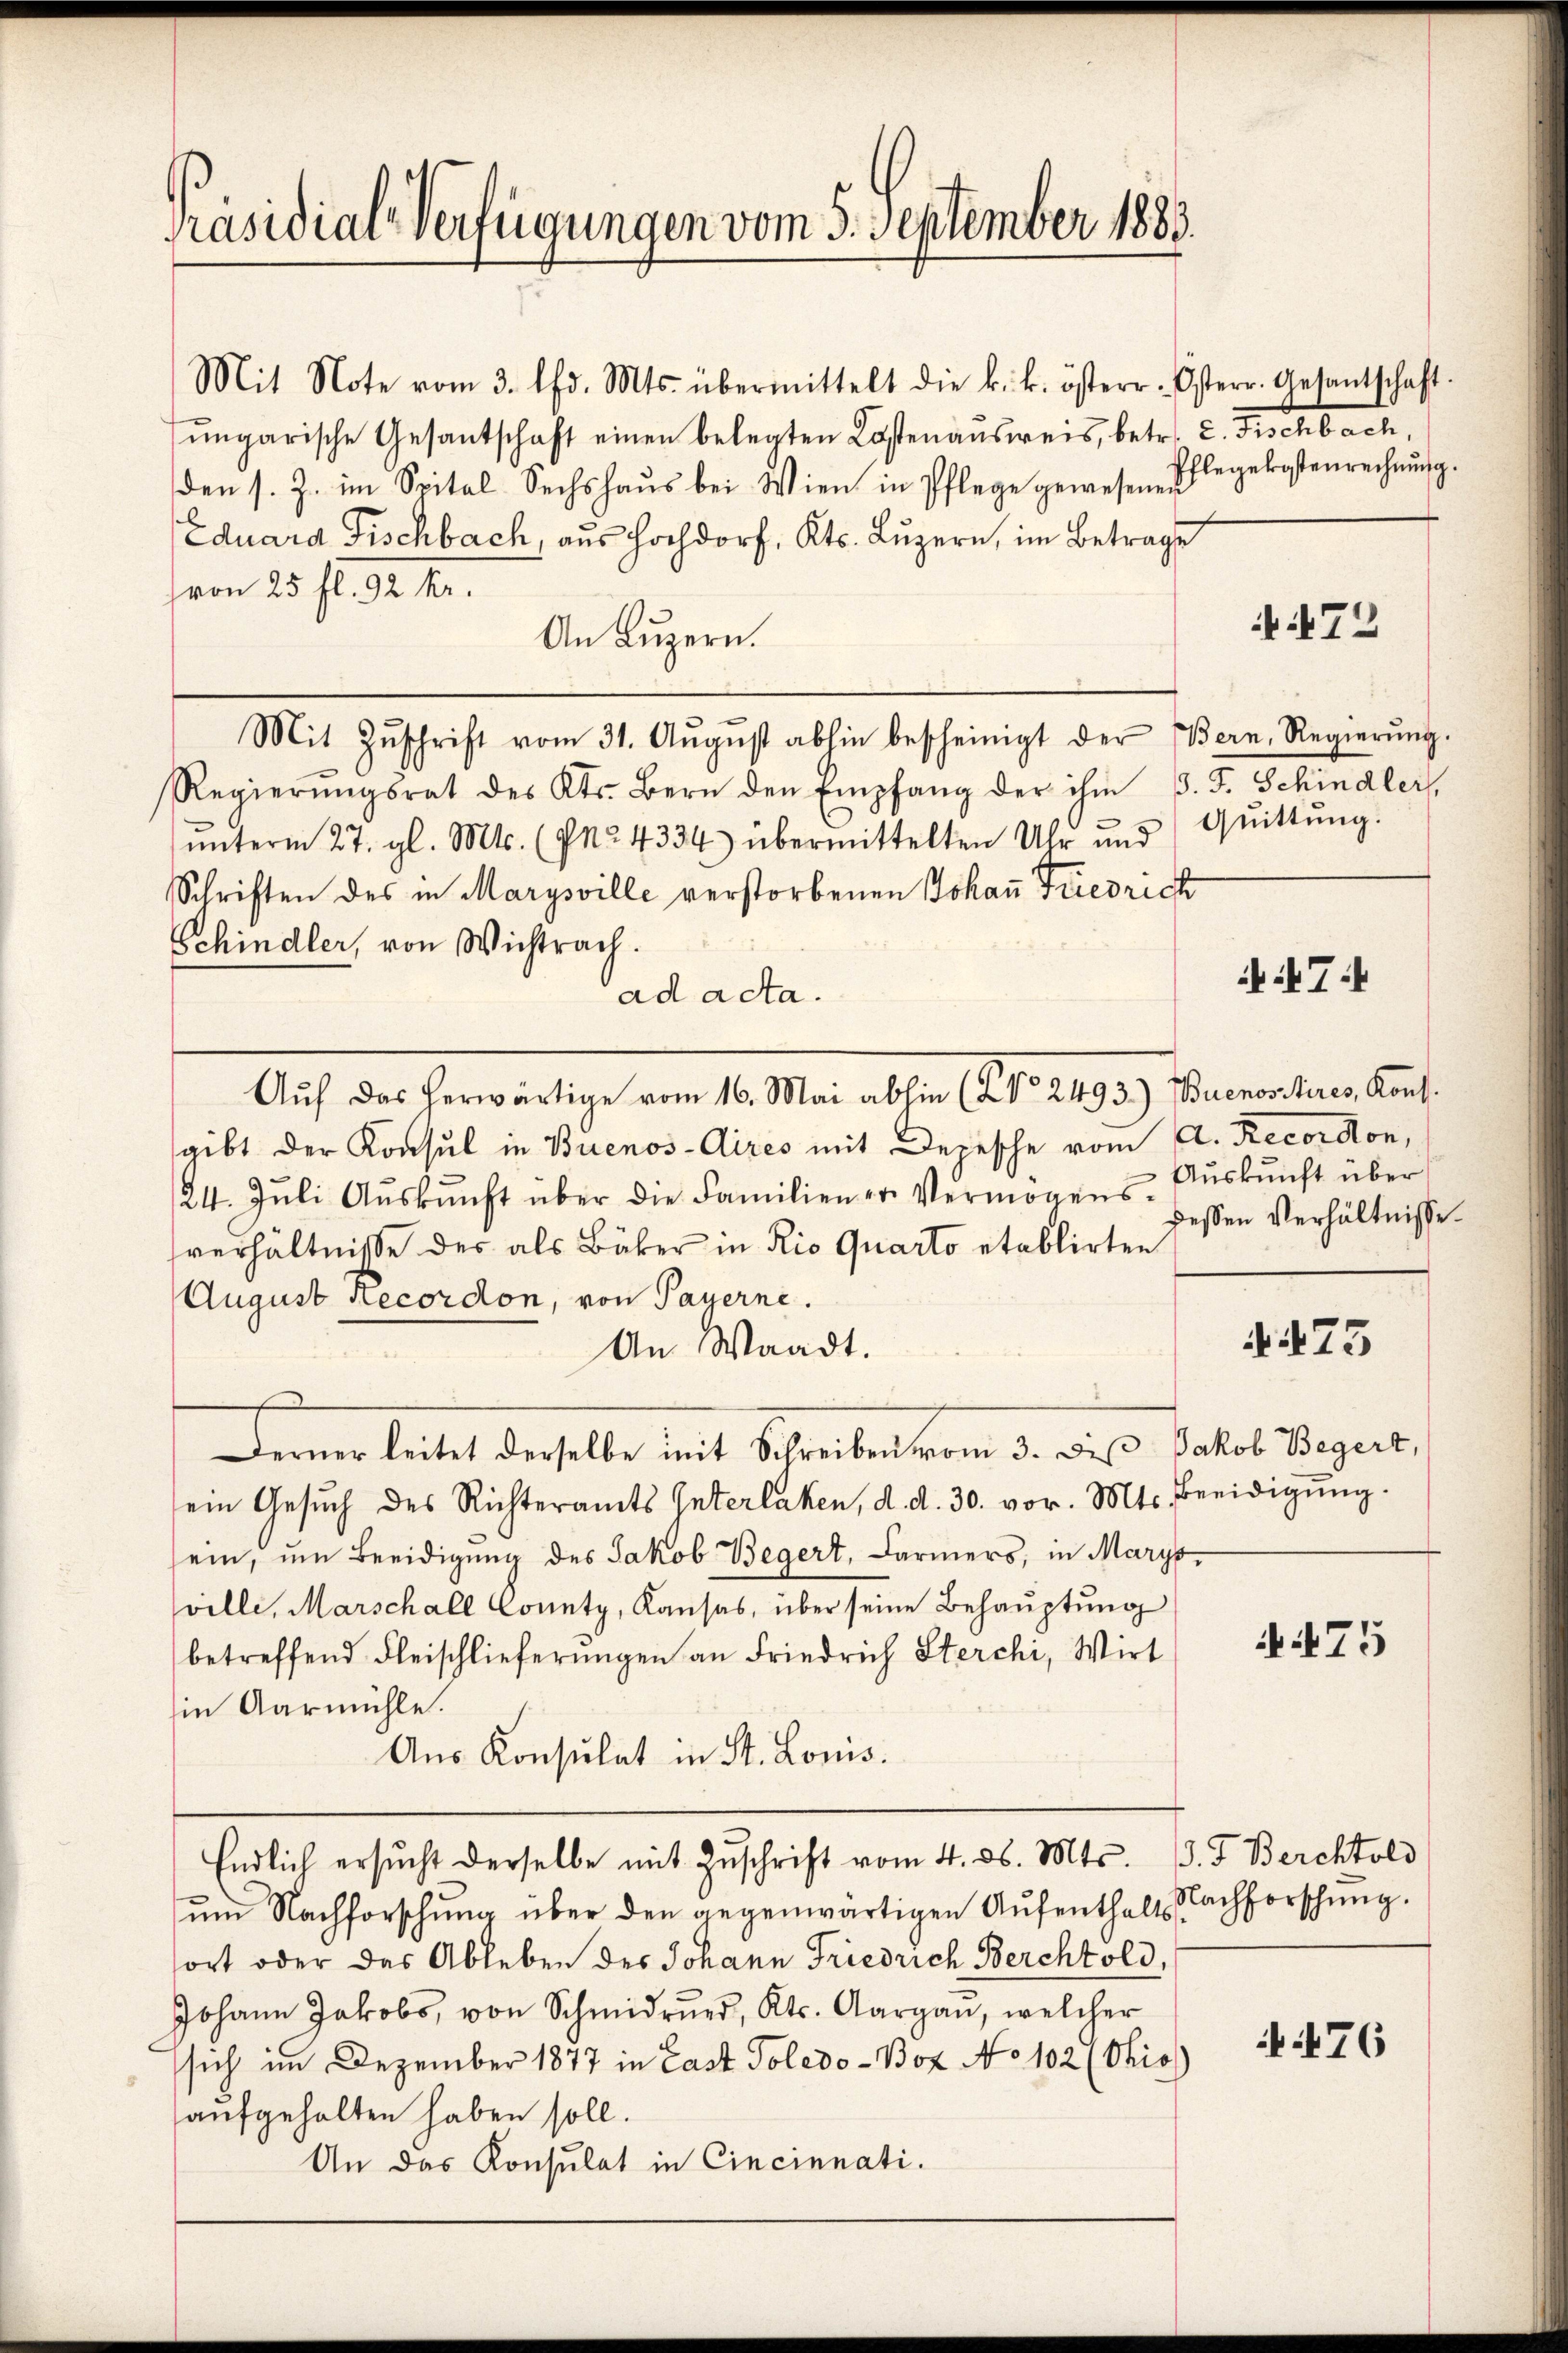
Präsidial-Verfügungen vom 5. September 1883.

Mit Note vom 3. lfd. Mts. übermittelt die k. k. österr. Osterr. Gesantschaft
ŭngarische Gesantschaft einen belegten Kostenaŭsweis, betr. L. Fischbach,
den s. Z. im Spital- Sechshaŭs bei Wien in Pflege gewesenen
Eduard Fischbach, aus Hochdorf, Kts. Luzern, im Betrage
(von 25 fl. 92 fr.
An Luzern.
Mit Zŭschrift vom 31. Aŭgŭst abhin bescheinigt der Bern, Regierŭng.
Regierŭngsrat des Kts. Bern den Empfang der ihm P. F. Schindler,
ŭnterm 27. gl. Mts. (§§ 4334) übermittelten Uhr ŭnd Quittŭng.
Schriften des in Marysville verstorbenen Johaṅ Friedrich
Schindler, von Wichtrach.
ad acta.
Auf die Einweilige am 10. Man also 1801. 1819. Januar 1941.
gibt der Konsul in Buenos-Aires mit Depesche vom A. Recordon,
24. Jŭli Aŭskŭnft über die Familien er Vermögens- Aŭskŭnft über
sverhältnisse des als Bäker in Rio Quarto etablirten
August Recordon, von Payerne.
An Waadt.
Ferner beitet derselbe mit Schreiben von d. des Vater Vergers,
sein Gesuch des Richteramts Interlaken, d. d. 30. vor. Mts. Beeidigung.
sein, um Beeidigung des Jakob Begert, Carmers, in Maryt,
sville, Marschall County, Kausas, über seine Behauptung
betreffend Fleischlieferungen an Friedrich Sterchi, Wirt
in Aarmühle.
Aus Konsulat in St. Louis.
Endlich ersŭcht derselbe mit Zŭschrift vom 4. d. Mts. d. J. Berchtold
um Nachforschung über den gegenwärtigen Aufenthalt Nachforschung.
sort oder das Ableben des Johann Friedrich Berchtold,
Johann Jakobs, von Schmidrŭer, Kts. Aargaŭ, welcher
sich im Dezember 1877 in Last Poledo-Boz No 102 (Thio
aufgehalten haben soll.
An das Konsulat in Cincinnati.

chlegekostenrechnung.

72

iit T

dessen Verhältnisse.

473

it 75

76